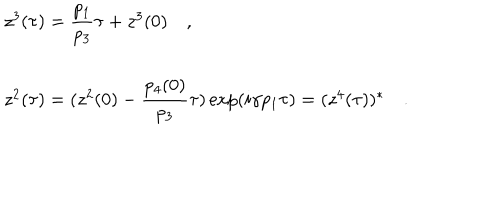
\begin{array} { l } { { z ^ { 3 } ( \tau ) = { \displaystyle \frac { p _ { 1 } } { p _ { 3 } } } \tau + z ^ { 3 } ( 0 ) \quad , } } \\ { { \, } } \\ { { z ^ { 2 } ( \tau ) = ( z ^ { 2 } ( 0 ) - { \displaystyle \frac { p _ { 4 } ( 0 ) } { p _ { 3 } } } \tau ) \exp ( i \gamma p _ { 1 } \tau ) = ( z ^ { 4 } ( \tau ) ) ^ { * } \quad . } } \\ \end{array}